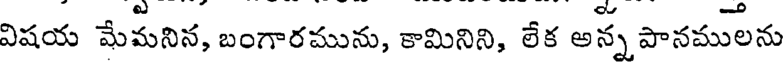
విషయ మేమనిన, బంగారమును, కామినిని, లేక అన్న పానములను